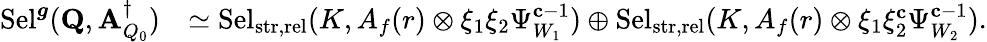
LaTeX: \begin{array}{rl}{\mathrm{Sel}^{{\boldsymbol{g}}}(\mathbf{Q},\mathbf{A}_{Q_{0}}^{\dagger})}&{\simeq\mathrm{Sel}_{{\mathrm{str},\mathrm{rel}}}(K,A_{f}(r)\otimes\xi_{1}\xi_{2}\Psi_{W_{1}}^{\mathbf{c}-1})\oplus\mathrm{Sel}_{{\mathrm{str},\mathrm{rel}}}(K,A_{f}(r)\otimes\xi_{1}\xi_{2}^{\mathbf{c}}\Psi_{W_{2}}^{\mathbf{c}-1}).}\end{array}